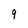
Character: 9